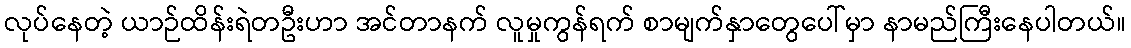
လုပ်နေတဲ့ ယာဉ်ထိန်းရဲတဦးဟာ အင်တာနက် လူမှုကွန်ရက် စာမျက်နှာတွေပေါ်မှာ နာမည်ကြီးနေပါတယ်။